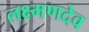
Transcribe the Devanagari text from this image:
लक्ष्‍मणदेव